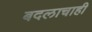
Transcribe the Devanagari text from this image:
बदलाचाही